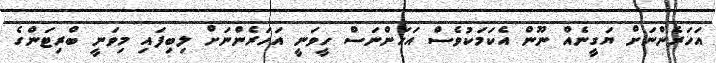
އަހަރެންނަށް ޔަގީނެއް ނޫން އެކަމަކުވެސް އަހަންނަސް ހީވަނީ އަހަރެންނަށް ލިބިފައި މިވަނީ ބްރިޓަންގެ